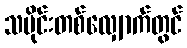
သမိုင်းတစ်လျှောက်တွင်